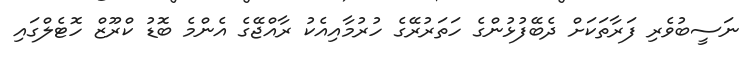
ނަސީބުވެރި ފަރާތަކަށް ދެބޭފުޅުންގެ ހަތަރުރޭގެ ހުރުމާއިއެކު ރާއްޖޭގެ އެންމެ ބޮޑު ކްރޫޒް ހޮޓެލްގައި